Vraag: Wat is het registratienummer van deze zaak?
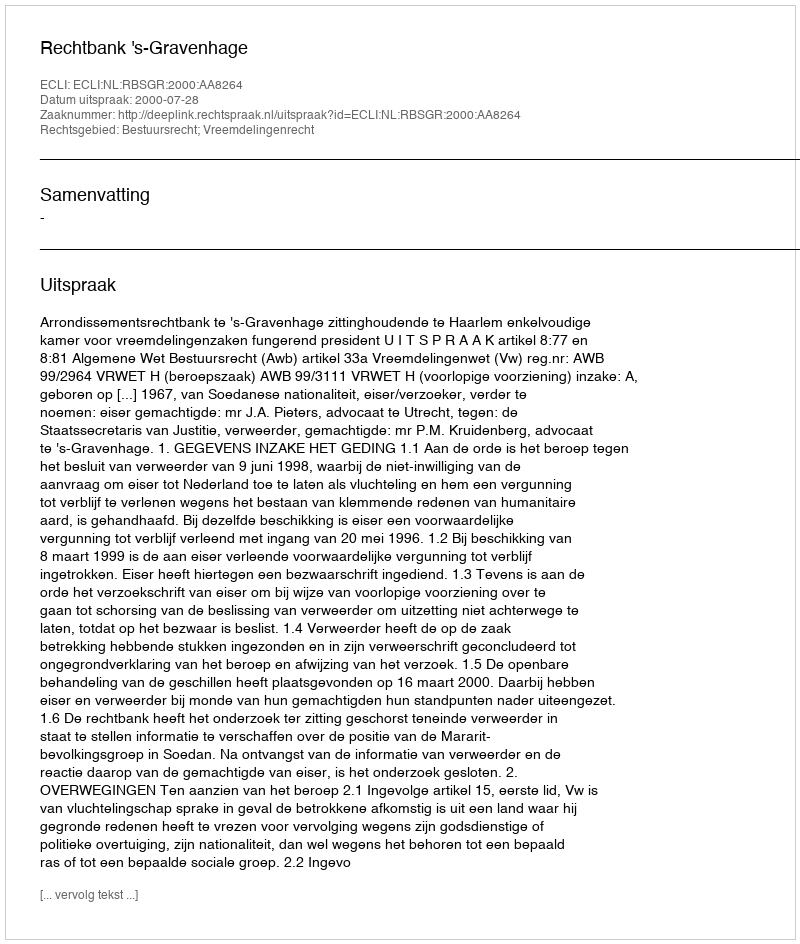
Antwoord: http://deeplink.rechtspraak.nl/uitspraak?id=ECLI:NL:RBSGR:2000:AA8264